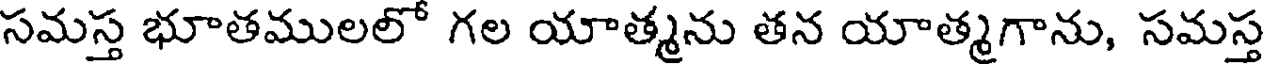
సమస్త భూతములలో గల యాత్మను తన యాత్మగాను, సమస్త